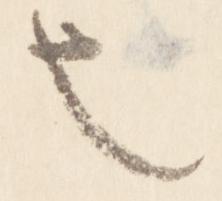
也